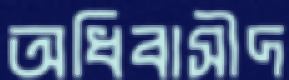
অধিবাসীদ